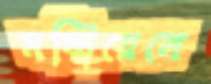
মন্ট্রিয়েলে